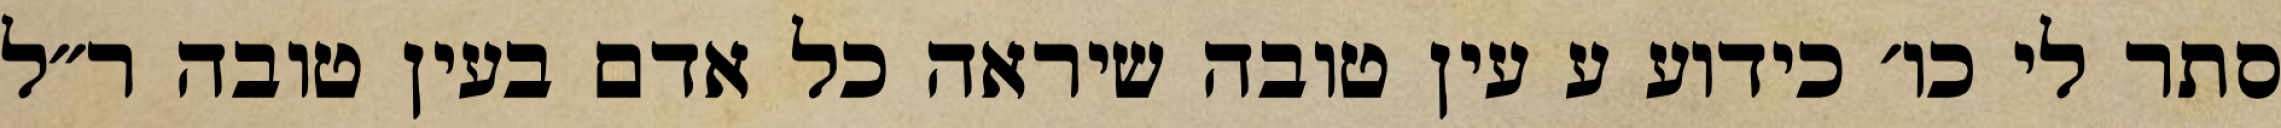
סתר לי כו׳ כידוע ע עין טובה שיראה כל אדם בעין טובה ר״ל